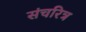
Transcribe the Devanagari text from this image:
संचरित्र